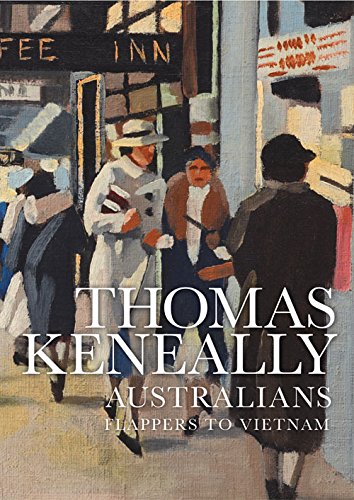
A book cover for Australians: Flappers to Vietnam; Thomas Keneally; History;